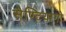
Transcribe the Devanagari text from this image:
सैण्टियागो